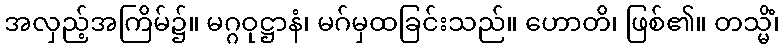
အလှည့်အကြိမ်၌။ မဂ္ဂဝုဋ္ဌာနံ၊ မဂ်မှထခြင်းသည်။ ဟောတိ၊ ဖြစ်၏။ တသ္မိံ၊